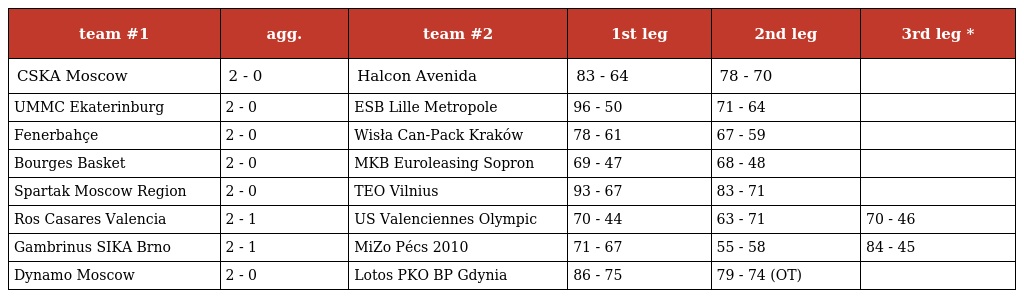
| team #1 | agg. | team #2 | 1st leg | 2nd leg | 3rd leg * |
 | --- | --- | --- | --- | --- | --- |
 | CSKA Moscow | 2 - 0 | Halcon Avenida | 83 - 64 | 78 - 70 |  |
 | UMMC Ekaterinburg | 2 - 0 | ESB Lille Metropole | 96 - 50 | 71 - 64 |  |
 | Fenerbahçe | 2 - 0 | Wisła Can-Pack Kraków | 78 - 61 | 67 - 59 |  |
 | Bourges Basket | 2 - 0 | MKB Euroleasing Sopron | 69 - 47 | 68 - 48 |  |
 | Spartak Moscow Region | 2 - 0 | TEO Vilnius | 93 - 67 | 83 - 71 |  |
 | Ros Casares Valencia | 2 - 1 | US Valenciennes Olympic | 70 - 44 | 63 - 71 | 70 - 46 |
 | Gambrinus SIKA Brno | 2 - 1 | MiZo Pécs 2010 | 71 - 67 | 55 - 58 | 84 - 45 |
 | Dynamo Moscow | 2 - 0 | Lotos PKO BP Gdynia | 86 - 75 | 79 - 74 (OT) |  |